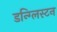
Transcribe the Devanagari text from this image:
डन्ग्लिस्टन